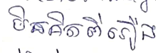
មិនគិតពីរឿង